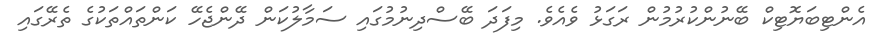
އެންޓިބަޔޮޓިކް ބޭނުންކުރުމުން ރަގަޅު ވެއެވެ. މިފަދަ ބޭސްދިނުމުގައި ސަމާލުކަން ދޭންޖެހޭ ކަންތައްތަކުގެ ތެރޭގައި